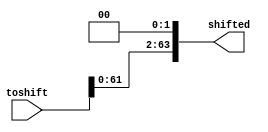
module shift(toshift,shifted);
  input [63:0] toshift;
  output [63:0]shifted;
  
  assign shifted=toshift << 2;
  
endmodule